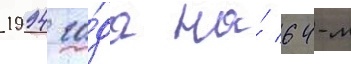
1994 го́да на́ 64-м